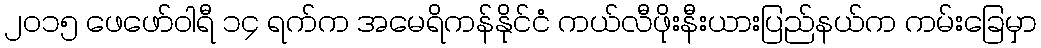
၂၀၁၅ ဖေဖော်ဝါရီ ၁၄ ရက်က အမေရိကန်နိုင်ငံ ကယ်လီဖိုးနီးယားပြည်နယ်က ကမ်းခြေမှာ